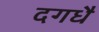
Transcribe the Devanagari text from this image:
दगधै